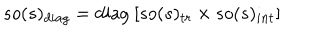
s o ( s ) _ { d i a g } = \mathrm { d i a g } ~ [ s o ( s ) _ { t r } \times s o ( s ) _ { i n t } ]